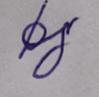
Signature authenticity: genuine